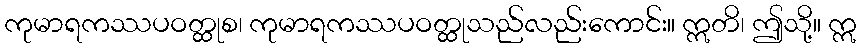
ကုမာရကဿပဝတ္ထုစ၊ ကုမာရကဿပဝတ္ထုသည်လည်းကောင်း။ ဣတိ၊ ဤသို့။ ဣ